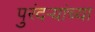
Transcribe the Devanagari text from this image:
पुरंदऱ्यांच्या